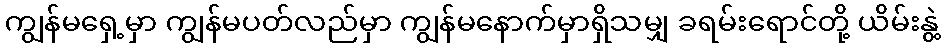
ကျွန်မရှေ့မှာ ကျွန်မပတ်လည်မှာ ကျွန်မနောက်မှာရှိသမျှ ခရမ်းရောင်တို့ ယိမ်းနွဲ့